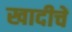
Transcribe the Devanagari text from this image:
खादीचें